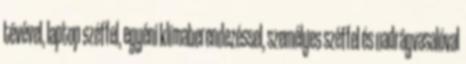
tévével, laptop széffel, egyéni klímaberendezéssel, személyes széffel és nadrágvasalóval